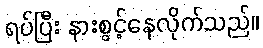
ရပ်ပြီး နားစွင့်နေလိုက်သည်။